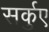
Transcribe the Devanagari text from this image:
सर्कुए